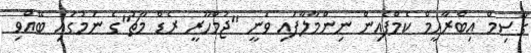
ގާސިމް އިބްރާހީމް ކެމްޕެއިން ނިންމާލާފައި ވަނީ "ޖުމްހޫރީ ރެޑް މާޗު"ގެ ނަމުގައި ބޭއްވި